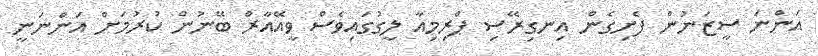
އަންނަ ސީޒަނުން ފެށިގެން އިނގިރޭސި ޕްރިމިއާ ލީގުގައިވެސް ވީއޭއާރް ބޭނުން ކުރުމަށް އަންނަނީ